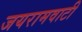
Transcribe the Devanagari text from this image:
जयरामवाटी